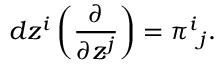
d z ^ { i } \left( \frac { \partial } { \partial z ^ { j } } \right) = \pi ^ { i } { } _ { j } .